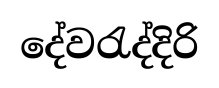
දේවරැද්දිරි